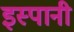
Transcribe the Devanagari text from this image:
इस्पानी